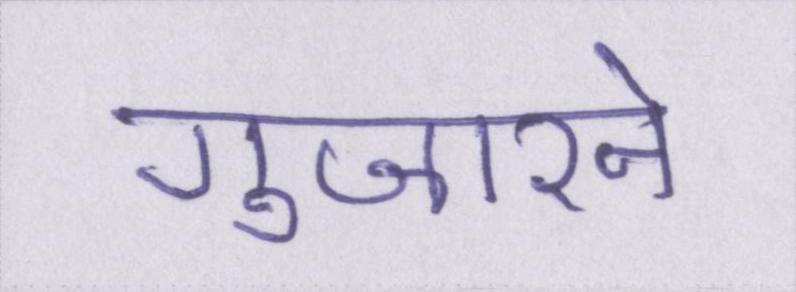
गुजारने